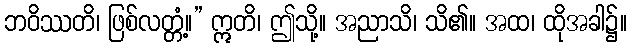
ဘဝိဿတိ၊ ဖြစ်လတ္တံ့။” ဣတိ၊ ဤသို့။ အညာသိ၊ သိ၏။ အထ၊ ထိုအခါ၌။